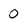
Character: 0